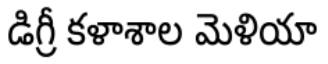
డిగ్రీ కళాశాల మెళియా